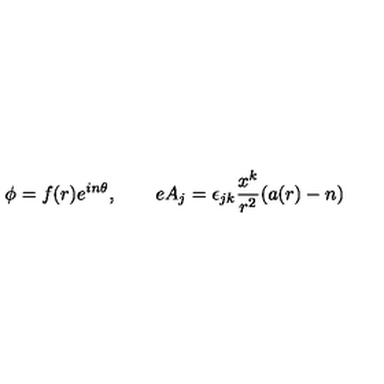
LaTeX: \phi = f ( r ) e ^ { i n \theta } , \qquad e A _ { j } = \epsilon _ { j k } \frac { x ^ { k } } { r ^ { 2 } } ( a ( r ) - n )